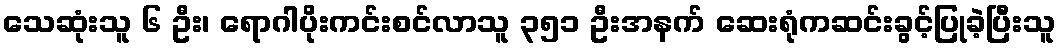
သေဆုံးသူ ၆ ဦး၊ ရောဂါပိုးကင်းစင်လာသူ ၃၅၁ ဦးအနက် ဆေးရုံကဆင်းခွင့်ပြုခဲ့ပြီးသူ